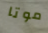
موتا